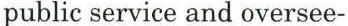
public service and oversee-